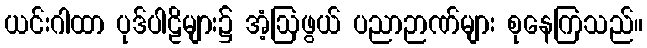
ယင်းဂါထာ ပုဒ်ပါဠိများ၌ အံ့ဩဖွယ် ပညာဉာဏ်များ စုနေကြသည်။